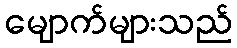
မျောက်များသည်